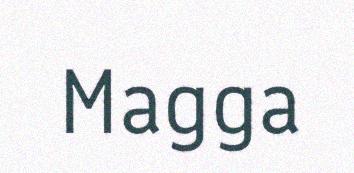
Magga